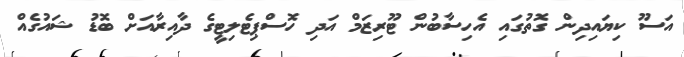
އަސޫ ކިޔައިދިން ގޮތުގައި އެހިސާބުން ޓޫރިޒަމް އަދި ހޮސްޕިޓެލިޓީގެ ދާއިރާއަށް ބޮޑު ޝައުގެއް